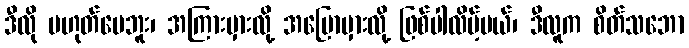
ဒီလို မဟုတ်ပေဘူး၊ အကြားမှားလို့ အပြောမှားလို့ ဖြစ်ပါလိမ့်မယ်၊ ဒီလူက စိတ်သဘော